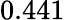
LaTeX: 0.441